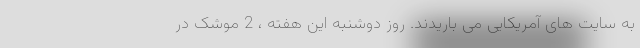
به سایت های آمریکایی می باریدند. روز دوشنبه این هفته ، 2 موشک در